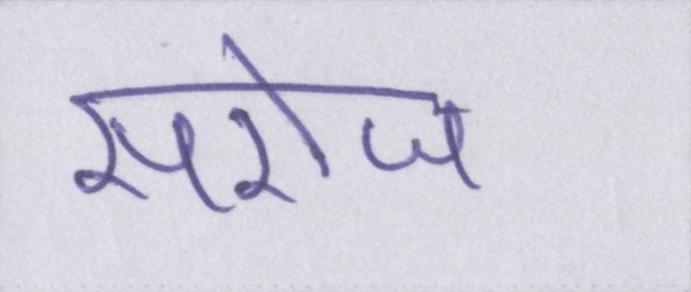
सरोज